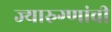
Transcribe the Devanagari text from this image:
ज्यारुग्णांची